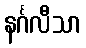
နင်္ဂလီသာ